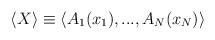
LaTeX: \begin{align*}\langle X\rangle \equiv \langle A_{1}(x_{1}),...,A_{N}(x_{N})\rangle\end{align*}